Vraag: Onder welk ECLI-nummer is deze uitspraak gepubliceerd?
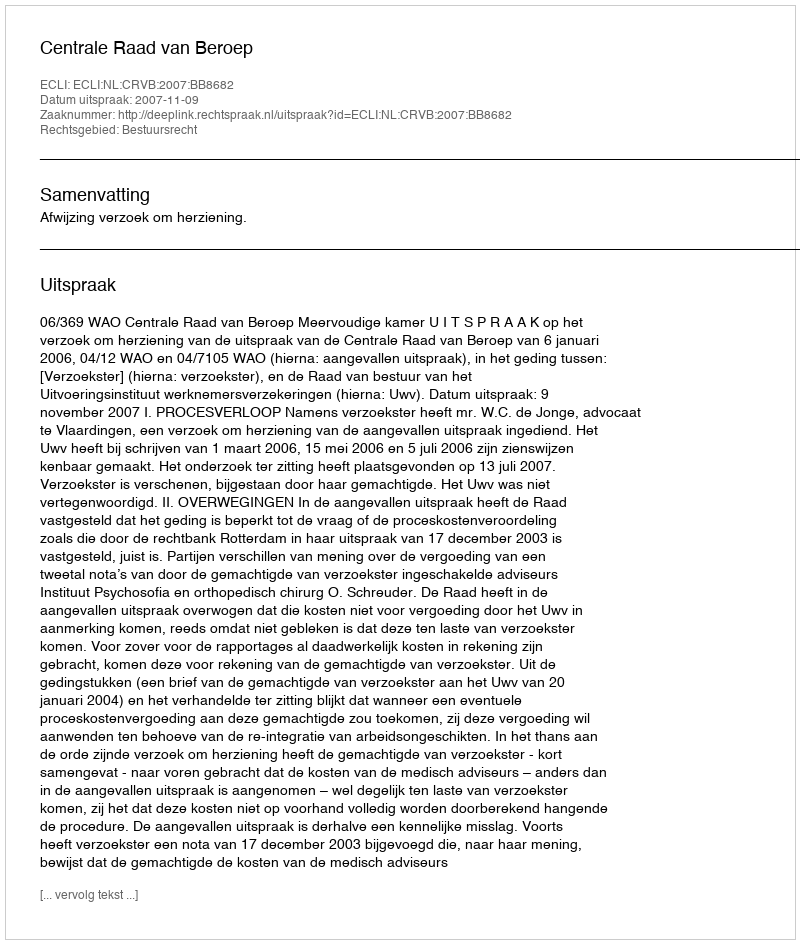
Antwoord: ECLI:NL:CRVB:2007:BB8682